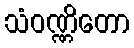
သံဝဏ္ဏိတော